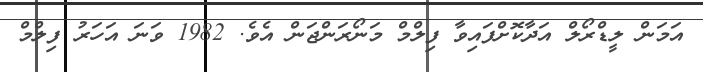
އަމަން ލީޑްރޯލް އަދާކޮށްފައިވާ ފިލްމް މަނޯރަންޖަން އެވެ. 1982 ވަނަ އަހަރު ފިލްމް